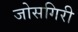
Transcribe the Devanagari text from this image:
जोसगिरी